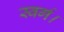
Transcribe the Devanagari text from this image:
स्वर्ग।